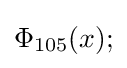
\Phi _{105}(x);